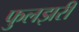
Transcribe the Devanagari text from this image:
फुलझरी